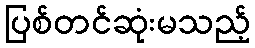
ပြစ်တင်ဆုံးမသည့်